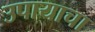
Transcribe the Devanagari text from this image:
उपायाचा